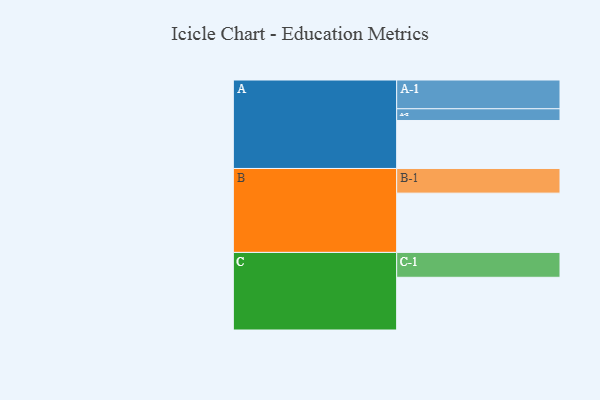
{"axis": {"x": "Segment", "y": "Value"}, "legend": ["", "A", "B", "C"], "data": [{"x": "A", "y": 467, "type": ""}, {"x": "B", "y": 577, "type": ""}, {"x": "C", "y": 513, "type": ""}, {"x": "A-1", "y": 280, "type": "A"}, {"x": "A-2", "y": 114, "type": "A"}, {"x": "B-1", "y": 240, "type": "B"}, {"x": "C-1", "y": 242, "type": "C"}]}